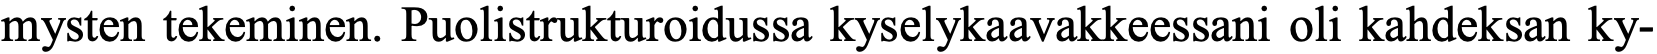
mysten tekeminen. Puolistrukturoidussa kyselykaavakkeessani oli kahdeksan ky-